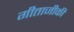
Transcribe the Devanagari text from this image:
गीताजीकी